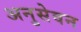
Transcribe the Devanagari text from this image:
अनुसेवन